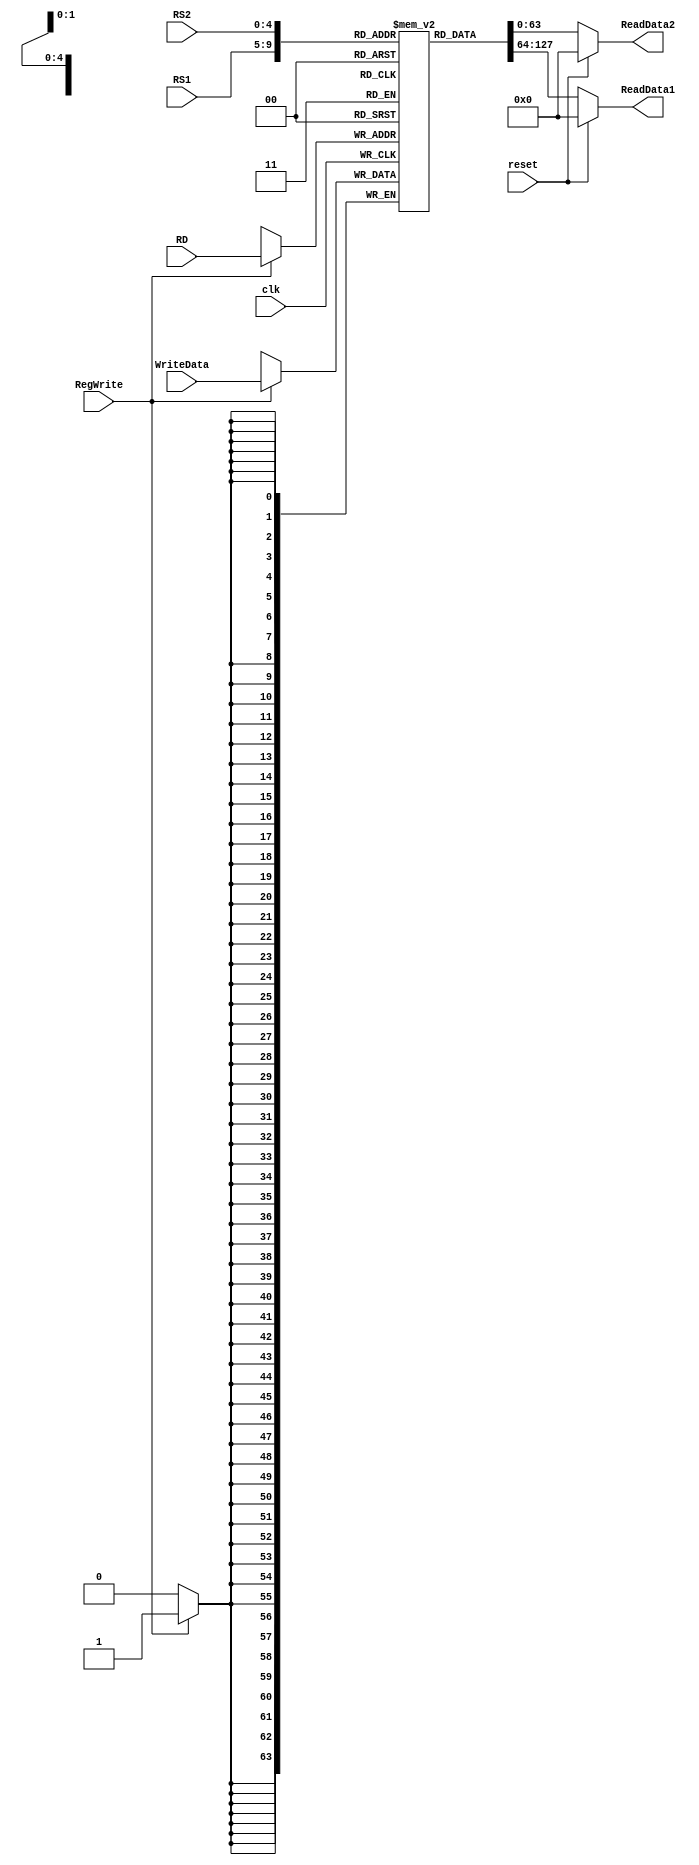
module registerFile
(
  input [4:0] RS1,
  input [4:0] RS2,
  input [4:0] RD,
  input [63:0] WriteData,
  output reg [63:0] ReadData1,
  output reg [63:0] ReadData2,
  input clk, reset, RegWrite
);

  reg [63:0] Registers [31:0];
  
  initial
  begin
  Registers[0] <= 64'b00000000000000000000000000000000000000000000000000000000000000;
  Registers[1] <= 64'b00000000000000000000000000000000000000000000000000000000000001;
  Registers[2] <= 64'b00000000000000000000000000000000000000000000000000000000000010;
  Registers[3] <= 64'b00000000000000000000000000000000000000000000000000000000000011;
  Registers[4] <= 64'b00000000000000000000000000000000000000000000000000000000000100;
  Registers[5] <= 64'b00000000000000000000000000000000000000000000000000000000000101;
  Registers[6] <= 64'b00000000000000000000000000000000000000000000000000000000000110;
  Registers[7] <= 64'b00000000000000000000000000000000000000000000000000000000000111;
  Registers[8] <= 64'b00000000000000000000000000000000000000000000000000000000001000;
  Registers[9] <= 64'b00000000000000000000000000000000000000000000000000000000001001;
  Registers[10] <= 64'b00000000000000000000000000000000000000000000000000000000001010;
  Registers[11] <= 64'b00000000000000000000000000000000000000000000000000000000001011;
  Registers[12] <= 64'b00000000000000000000000000000000000000000000000000000000001100;
  Registers[13] <= 64'b00000000000000000000000000000000000000000000000000000000001101;
  Registers[14] <= 64'b00000000000000000000000000000000000000000000000000000000001110;
  Registers[15] <= 64'b00000000000000000000000000000000000000000000000000000000001111;
  Registers[16] <= 64'b00000000000000000000000000000000000000000000000000000000010000;
  Registers[17] <= 64'b00000000000000000000000000000000000000000000000000000000010001;
  Registers[18] <= 64'b00000000000000000000000000000000000000000000000000000000010010;
  Registers[19] <= 64'b00000000000000000000000000000000000000000000000000000000010011;
  Registers[20] <= 64'b00000000000000000000000000000000000000000000000000000000010100;
  Registers[21] <= 64'b00000000000000000000000000000000000000000000000000000000010101;
  Registers[22] <= 64'b00000000000000000000000000000000000000000000000000000000010110;
  Registers[23] <= 64'b00000000000000000000000000000000000000000000000000000000010111;
  Registers[24] <= 64'b00000000000000000000000000000000000000000000000000000000011000;
  Registers[25] <= 64'b00000000000000000000000000000000000000000000000000000000011001;
  Registers[26] <= 64'b00000000000000000000000000000000000000000000000000000000011010;
  Registers[27] <= 64'b00000000000000000000000000000000000000000000000000000000011011;
  Registers[28] <= 64'b00000000000000000000000000000000000000000000000000000000011100;
  Registers[29] <= 64'b00000000000000000000000000000000000000000000000000000000011101;
  Registers[30] <= 64'b00000000000000000000000000000000000000000000000000000000011110;
  Registers[31] <= 64'b00000000000000000000000000000000000000000000000000000000011111;
  end
  
  always @ (posedge clk)
  begin
    if (RegWrite)
      Registers[RD] = WriteData;
  end

 always @ (RS1,RS2, reset)
 begin
    if (reset)
    begin 
      ReadData1 <= 64'b0;
      ReadData2 <= 64'b0;
    end
    else
    begin
      ReadData1 <= Registers[RS1];
      ReadData2 <= Registers[RS2];
    end 
 end
  
endmodule